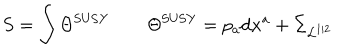
S = \int \Theta ^ { \mathrm { S U S Y } } \qquad \Theta ^ { \mathrm { S U S Y } } = p _ { a } \mathrm { d } x ^ { a } + \Sigma _ { { \cal L } ^ { 1 | 2 } }